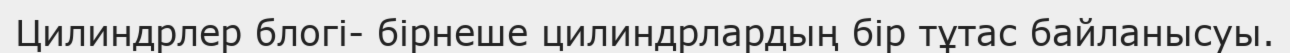
Цилиндрлер блогі- бірнеше цилиндрлардың бір тұтас байланысуы.